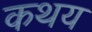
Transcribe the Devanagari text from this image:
कथय